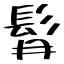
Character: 髥